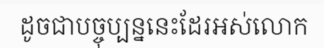
ដូចជាបច្ចុប្បន្ននេះដែរអស់លោក